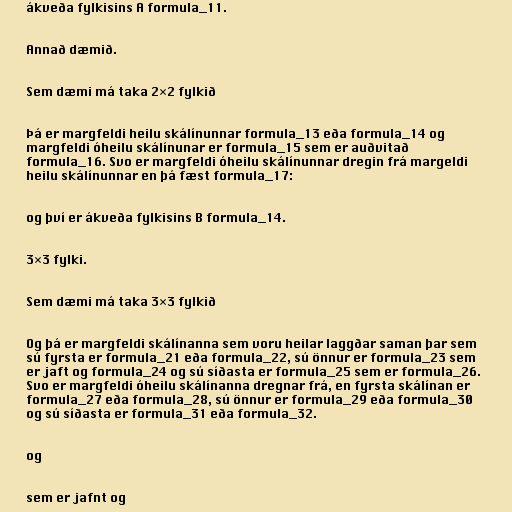
ákveða fylkisins A formula_11.

Annað dæmið.

Sem dæmi má taka 2×2 fylkið

Þá er margfeldi heilu skálínunnar formula_13 eða formula_14 og
margfeldi óheilu skálínunar er formula_15 sem er auðvitað
formula_16. Svo er margfeldi óheilu skálínunnar dregin frá margeldi
heilu skálínunnar en þá fæst formula_17:

og því er ákveða fylkisins B formula_14.

3×3 fylki.

Sem dæmi má taka 3×3 fylkið

Og þá er margfeldi skálínanna sem voru heilar laggðar saman þar sem
sú fyrsta er formula_21 eða formula_22, sú önnur er formula_23 sem
er jaft og formula_24 og sú síðasta er formula_25 sem er formula_26.
Svo er margfeldi óheilu skálínanna dregnar frá, en fyrsta skálínan er
formula_27 eða formula_28, sú önnur er formula_29 eða formula_30
og sú síðasta er formula_31 eða formula_32.

og

sem er jafnt og